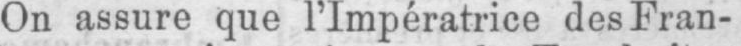
On assure que l’Impératrice des Fran-